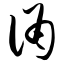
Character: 诵